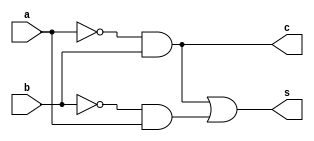
module halfsub (a, b, s, c);
  input a, b;
  output s, c;
  assign s = ~a&b || ~b&a;
  assign c = ~a&b;
endmodule